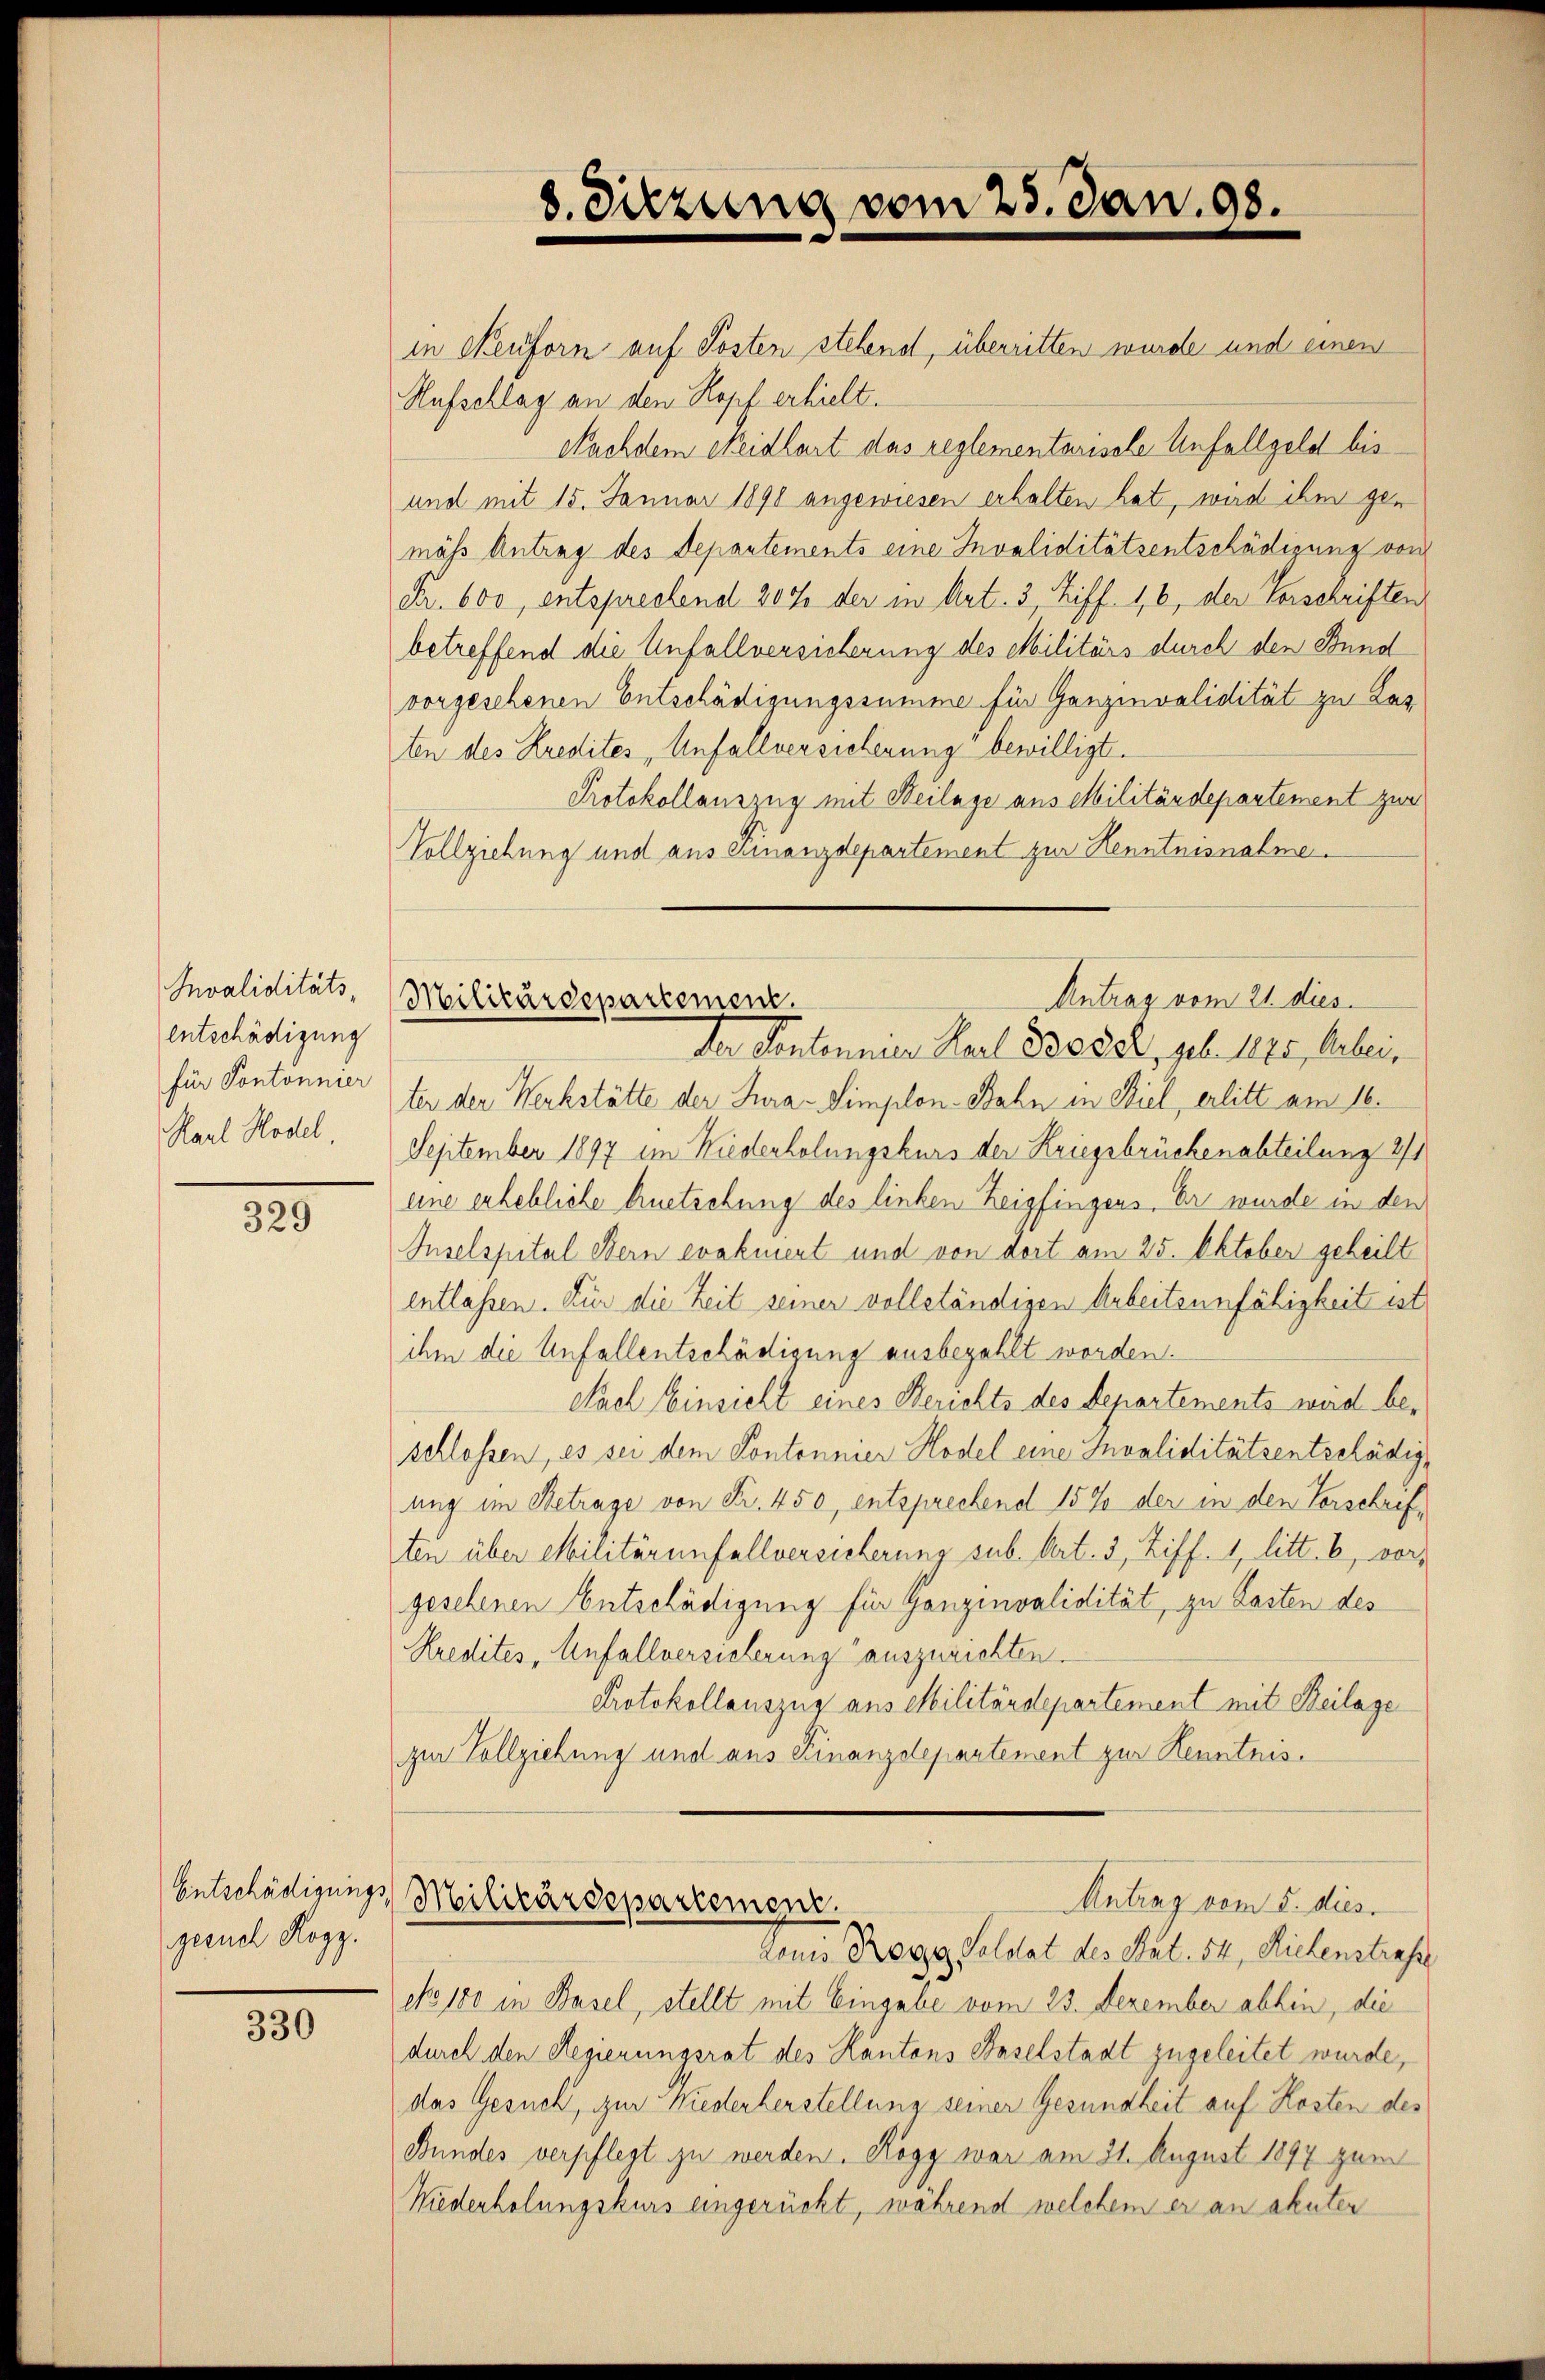
Invaliditäts¬
Entschädigung
für Pontonnier
Karl Hodel,

329

Entschädigung.
gesuch Kozz.

330

8. Sitzung vom 25. Jan. 98.

Antrag vom 21. dies
Militärdepartement.

in Neuforn auf Posten stehend, überritten wurde und einen
Aufschlag an den Kopf erhielt.
Nachdem Weidlart das reglementarisele Unfallgeld bis
und mit 15. Januar 1890 angewiesen erhalten hat, wird ihm gemäss Antrag des Departements eine Invaliditätsentschädigung von
Fr. 600, entsprechend 207 der in Art. 3, Ziff. 16, der Vorschriften
betreffend die Unfallversicherung des Militärs durch den Bund
vorgesehenen Entschädigungssumme für Ganzinvalidität zu Las
ten des Kredites Anfallversichenung“ bewilligt.
Protokollauszug mit Beilage aus Militärdepartement zur
Vollziehung und aus Finanzdepartement zur Kenntnisnahme¬
Der Sentenner Karl 83088, geb. 1885, Arbeiter der Werkstätte der Jura-Simplon-Bahn in Stiel, erlitt am 16.
September 1897 im Kiederholungskurs der Kriegsbrückenabteilung 2/1
eine erhebliche Auetschung des linken Zeigfingens. Er wurde in den
Inselspital Bern evakment und von dort am 25. Oktober geheilt
entlassen. Für die Zeit seiner vollständigen Arbeitsunfähigkeit ist
ihm die Unfallentschädigung ausbezahlt worden.
Nach Einsicht eines Berichts des Departements wird beschlossen, es sei dem Kontonnier Hodel eine Invaliditätsentschädigung im Betrage von Fr. 450, entsprechend 15% der in den Vorschriften über Militärenfallversicherung sub. Art. 3, Ziff. 1, litt. b, vor,
gesehenen Entschädigung für Ganzinvalidität, zu Lasten des
Kredites Anfallversicherung auszurichten.
Protokollauszug aus Militärdepartement mit Beilage
zur Vollziehung und aus Finanzdepartement zur Kenntnis.

zonis Rogg, Soldat des Stat. 54, Riehenstrafe
No. 180 in Basel, stellt mit Eingabe vom 23. Dezember abhin, die
durch den Regierungsrat des Kantons Baselstadt zugeleitet wurde,
das Gesuch, zur Wiederherstellung seiner Gesundheit auf Kosten des
Bundes verpflegt zu werden. Kögy war am 21. August 1897 zum
Wiederholungskurs eingerückt, während welchem er an akuter

Antrag vom 5. dies
Militärdepartement.